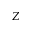
Z